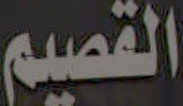
القصيم